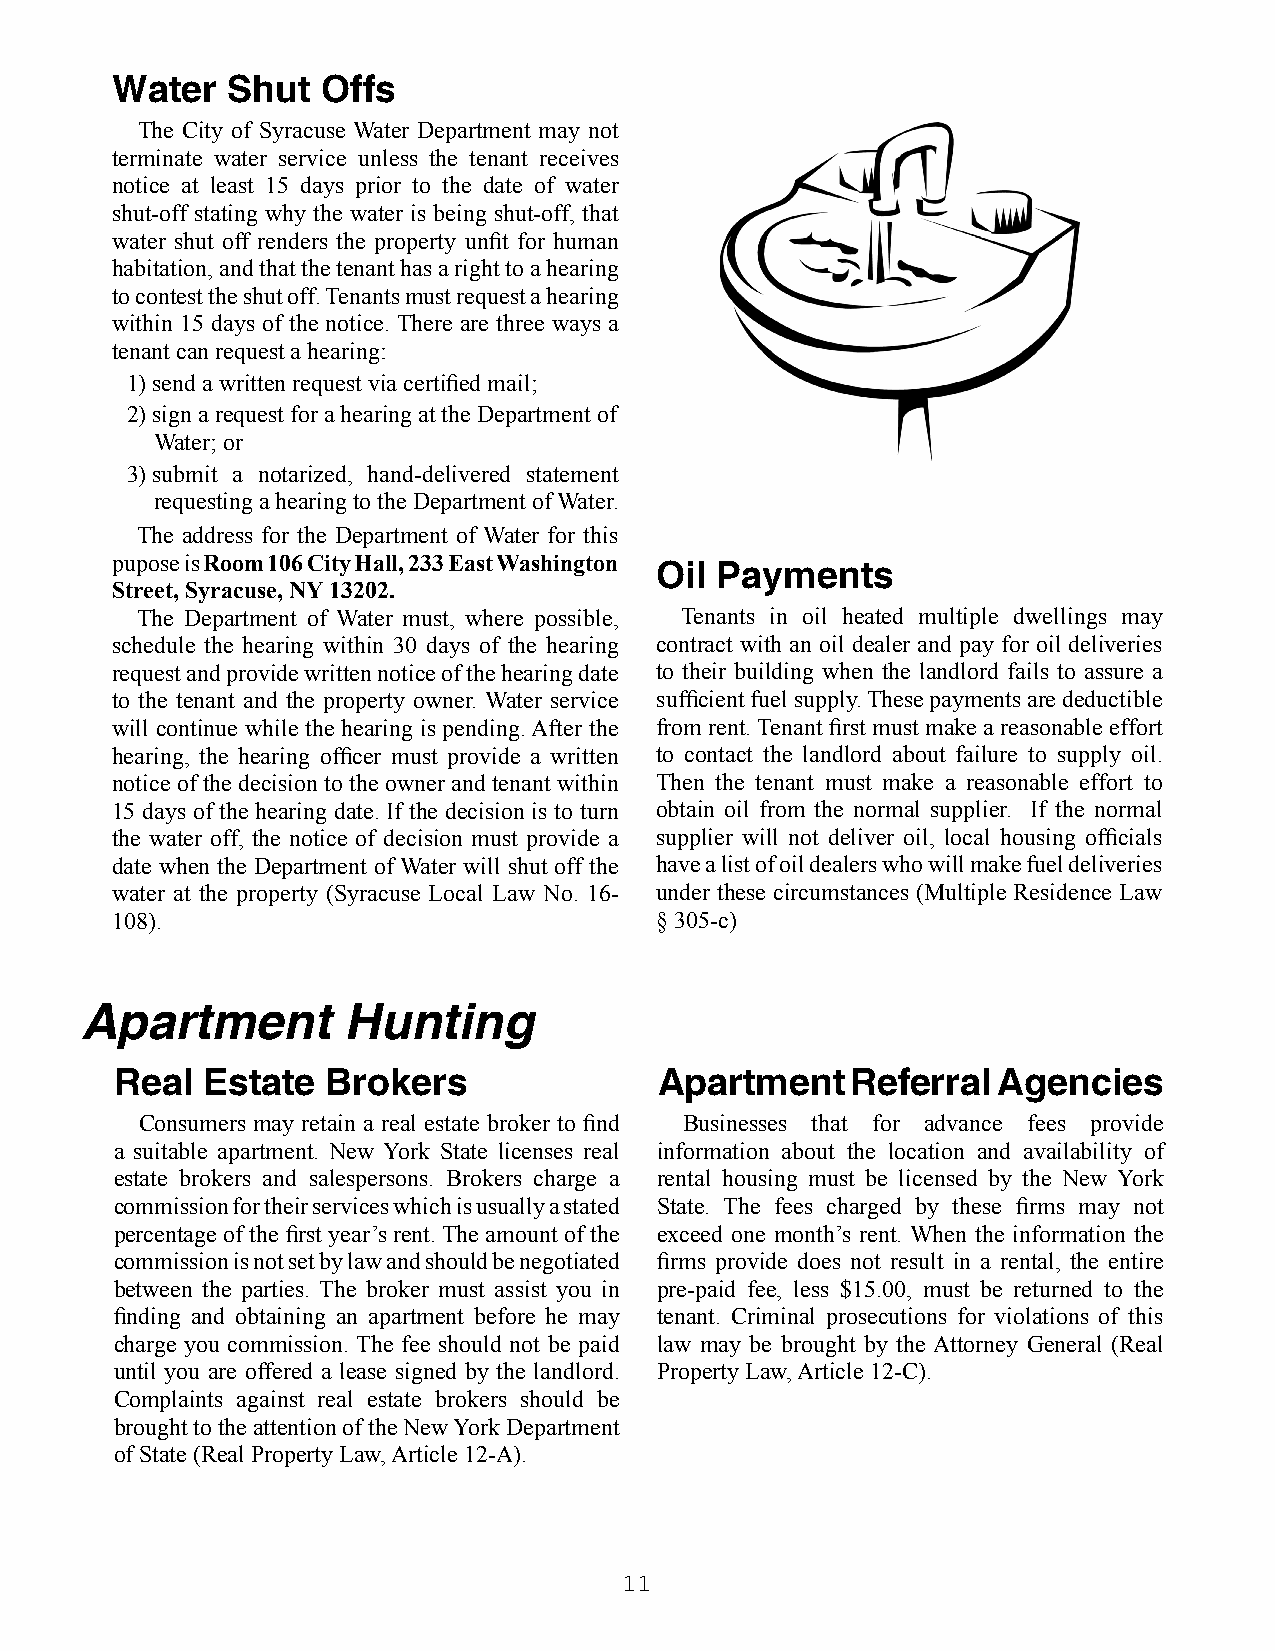
Water   Shut  Offs
 The City of Syracuse Water Department may not
 terminate water service unless the tenant receives
 notice at least 15 days prior to the date of water
 shut-off stating why the water is being shut-off, that
 water shut off renders the property unfi t for human
 habitation, and that the tenant has a right to a hearing
 to contest the shut off. Tenants must request a hearing
 within 15 days of the notice. There are three ways a
 tenant can request a hearing:
 1) send a written request via certifi ed mail;
 2) sign a request for a hearing at the Department of
 Water; or
 3) submit a notarized, hand-delivered statement
 requesting a hearing to the Department of Water.
 The address for the Department of Water for this
 pupose is Room 106 City Hall, 233 East Washington
 Oil Payments
 Street, Syracuse, NY 13202.
 The Department of Water must, where possible, Tenants in oil heated multiple dwellings may
 schedule the hearing within 30 days of the hearing contract with an oil dealer and pay for oil deliveries
 request and provide written notice of the hearing date to their building when the landlord fails to assure a
 to the tenant and the property owner. Water service suffi cient fuel supply. These payments are deductible
 will continue while the hearing is pending. After the from rent. Tenant fi rst must make a reasonable effort
 hearing, the hearing offi cer must provide a written to contact the landlord about failure to supply oil.
 notice of the decision to the owner and tenant within Then the tenant must make a reasonable effort to
 15 days of the hearing date. If the decision is to turn obtain oil from the normal supplier. If the normal
 the water off, the notice of decision must provide a supplier will not deliver oil, local housing offi cials
 date when the Department of Water will shut off the have a list of oil dealers who will make fuel deliveries
 water at the property (Syracuse Local Law No. 16- under these circumstances (Multiple Residence Law
 108).                               § 305-c)
 Apartment         Hunting
 Real Estate   Brokers               Apartment   Referral  Agencies
 Consumers may retain a real estate broker to fi nd Businesses that for advance fees provide
 a suitable apartment. New York State licenses real information about the location and availability of
 estate brokers and salespersons. Brokers charge a rental housing must be licensed by the New York
 commission for their services which is usually a stated State. The fees charged by these fi rms may not
 percentage of the fi rst year’s rent. The amount of the exceed one month’s rent. When the information the
 commission is not set by law and should be negotiated fi rms provide does not result in a rental, the entire
 between the parties. The broker must assist you in pre-paid fee, less $15.00, must be returned to the
 fi nding and obtaining an apartment before he may tenant. Criminal prosecutions for violations of this
 charge you commission. The fee should not be paid law may be brought by the Attorney General (Real
 until you are offered a lease signed by the landlord. Property Law, Article 12-C).
 Complaints against real estate brokers should be
 brought to the attention of the New York Department
 of State (Real Property Law, Article 12-A).
 11